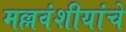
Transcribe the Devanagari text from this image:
मल्लवंशीयांचे